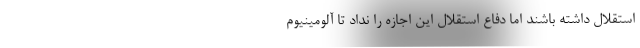
استقلال داشته باشند اما دفاع استقلال این اجازه را نداد تا آلومینیوم